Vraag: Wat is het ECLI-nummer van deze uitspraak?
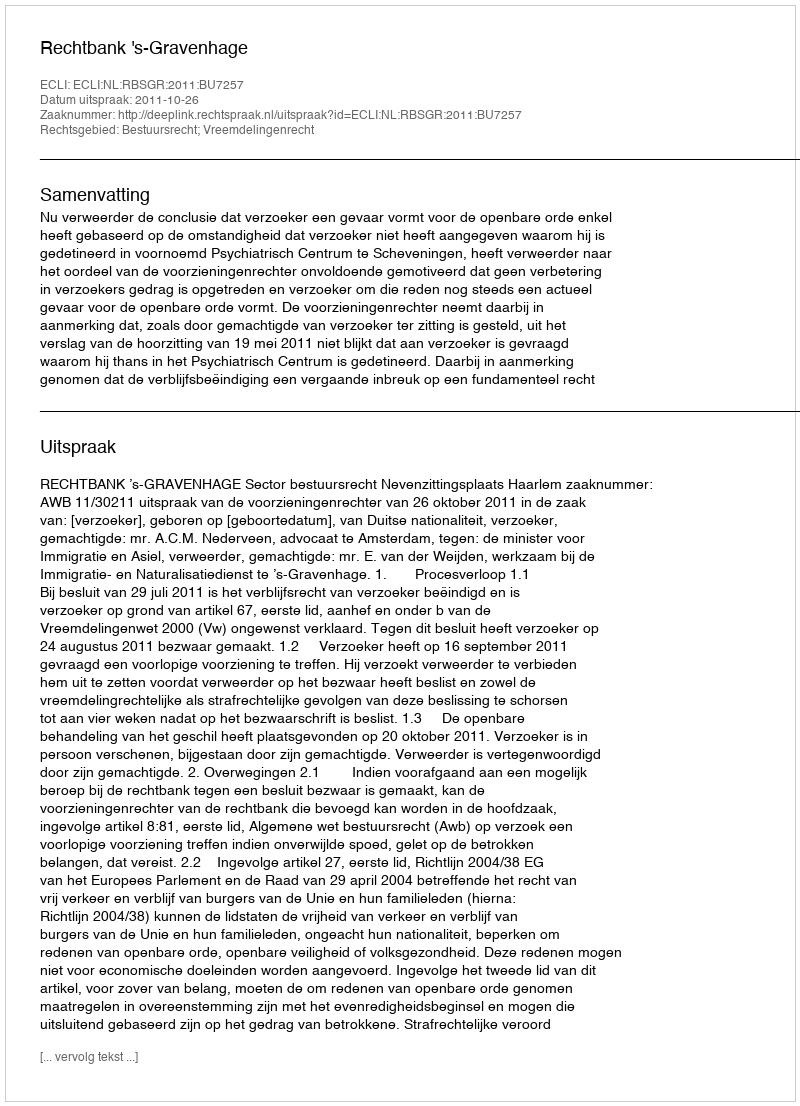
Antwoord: ECLI:NL:RBSGR:2011:BU7257